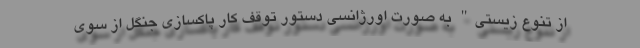
از تنوع زیستی" به صورت اورژانسی دستور توقف کار پاکسازی جنگل از سوی